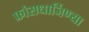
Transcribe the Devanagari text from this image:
फ्रांसधार्जिण्या